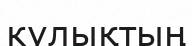
кулықтың